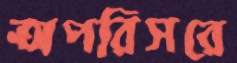
অপরিসরে